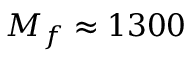
M _ { f } \approx 1 3 0 0